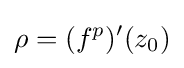
\rho =(f^{p})'(z_{0})